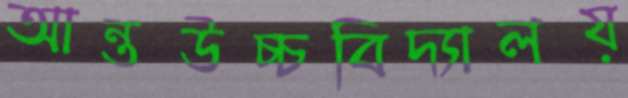
আন্তউচ্চবিদ্যালয়